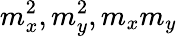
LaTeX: m_{x}^{2},m_{y}^{2},m_{x}m_{y}